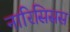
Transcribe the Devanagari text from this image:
नारिसिसस